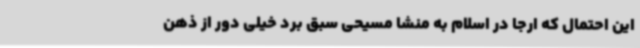
این احتمال که ارجا در اسلام به منشا مسیحی سبق برد خیلی دور از ذهن